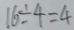
1 6 \div 4 = 4